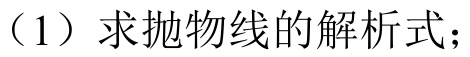
（1）求抛物线的解析式；